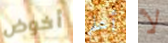
أخوض أعلم لا